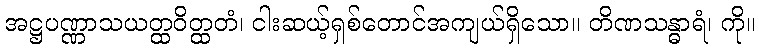
အဋ္ဌပဏ္ဏာသယတ္ထဝိတ္ထတံ၊ ငါးဆယ့်ရှစ်တောင်အကျယ်ရှိသော။ တိဏသန္ဓာရံ၊ ကို။